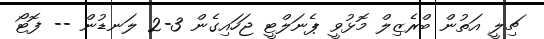
ޗިލީ އަތުން ބްރެޒިލް މޮޅުވީ ޕެނަލްޓީ ޖަހައިގެން 3-2 ލަނޑުން -- ފޮޓޯ